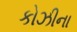
કોઝીના